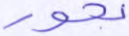
بحور